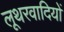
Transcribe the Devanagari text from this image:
लूथरवादियों